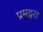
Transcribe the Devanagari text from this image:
प्रमद्वरा